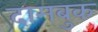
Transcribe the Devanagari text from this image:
दामबुक